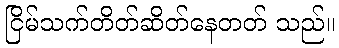
ငြိမ်သက်တိတ်ဆိတ်နေတတ် သည်။